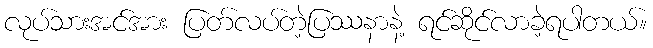
လုပ်သားအင်အား ပြတ်လပ်တဲ့ပြဿနာနဲ့ ရင်ဆိုင်လာခဲ့ရပါတယ်။